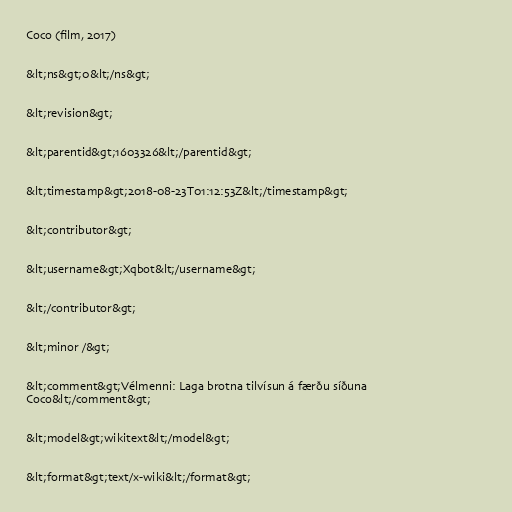
Coco (film, 2017)

&lt;ns&gt;0&lt;/ns&gt;

&lt;revision&gt;

&lt;parentid&gt;1603326&lt;/parentid&gt;

&lt;timestamp&gt;2018-08-23T01:12:53Z&lt;/timestamp&gt;

&lt;contributor&gt;

&lt;username&gt;Xqbot&lt;/username&gt;

&lt;/contributor&gt;

&lt;minor /&gt;

&lt;comment&gt;Vélmenni: Laga brotna tilvísun á færðu síðuna
Coco&lt;/comment&gt;

&lt;model&gt;wikitext&lt;/model&gt;

&lt;format&gt;text/x-wiki&lt;/format&gt;